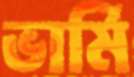
ভার্মি